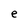
Character: e